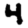
Digit: 4